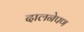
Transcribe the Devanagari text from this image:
दालनेपण